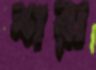
শরা